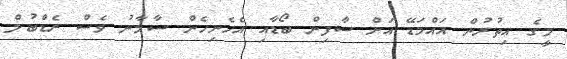
މީގެ އިތުރުން އައްމަޑޭ އަށް ސާފިން ބޯޑާއި އެހެނިހެން ސާމާނު ވެސް ރެޑްބުލް